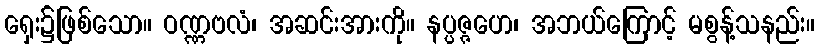
ရှေး၌ဖြစ်သော။ ဝဏ္ဏဗလံ၊ အဆင်းအားကို။ နပ္ပဇ္ဇဟေ၊ အဘယ်ကြောင့် မစွန့်သနည်း။